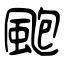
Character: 颮